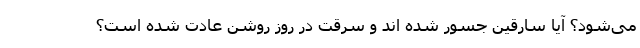
می‌شود؟ آیا سارقین جسور شده اند و سرقت در روز روشن عادت شده است؟